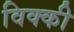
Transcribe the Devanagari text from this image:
विक्‍की